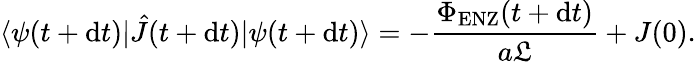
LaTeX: \langle\psi(t+\mathrm{d}t)|\hat{J}(t+\mathrm{d}t)|\psi(t+\mathrm{d}t)\rangle=-\frac{\Phi_{\mathrm{ENZ}}(t+\mathrm{d}t)}{a\mathfrak{L}}+J(0).